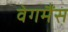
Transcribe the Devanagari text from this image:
वेगमैंस